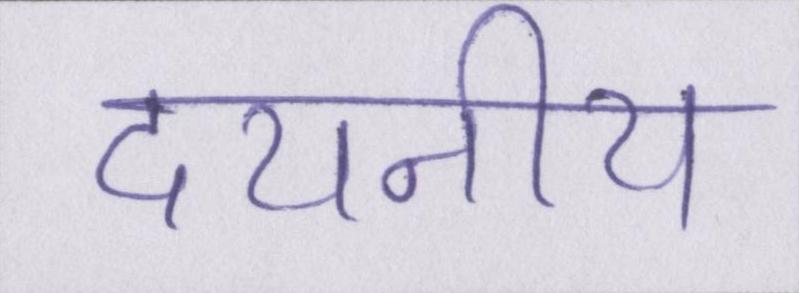
दयनीय